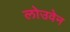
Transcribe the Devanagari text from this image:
लोउवेन